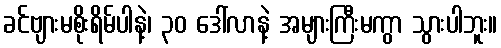
ခင်ဗျားမစိုးရိမ်ပါနဲ့၊ ၃၀ ဒေါ်လာနဲ့ အများကြီးမကွာ သွားပါဘူး။